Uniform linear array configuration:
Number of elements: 64
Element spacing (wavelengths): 0.5
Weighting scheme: binomial
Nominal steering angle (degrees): -60
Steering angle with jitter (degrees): -60.82
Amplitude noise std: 0.05
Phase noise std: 0.05

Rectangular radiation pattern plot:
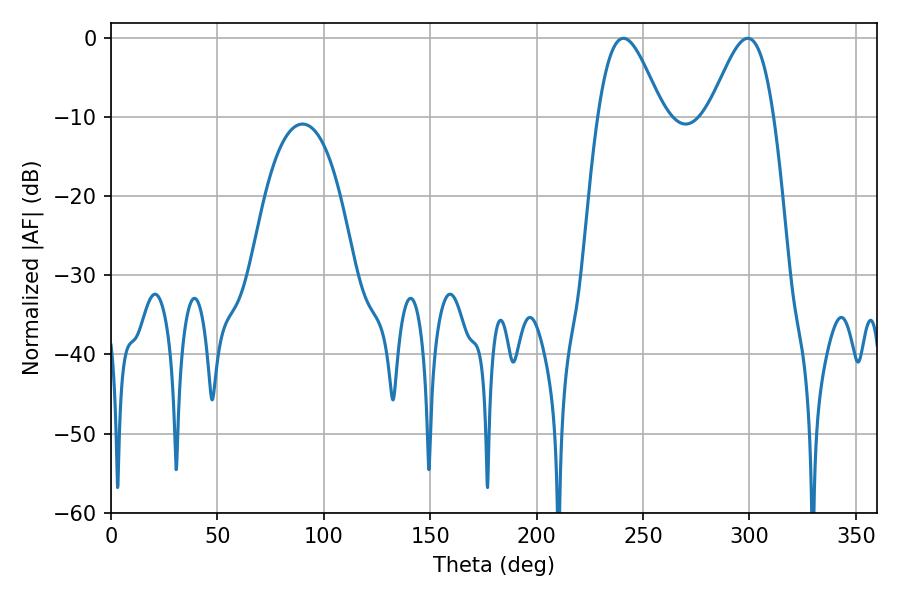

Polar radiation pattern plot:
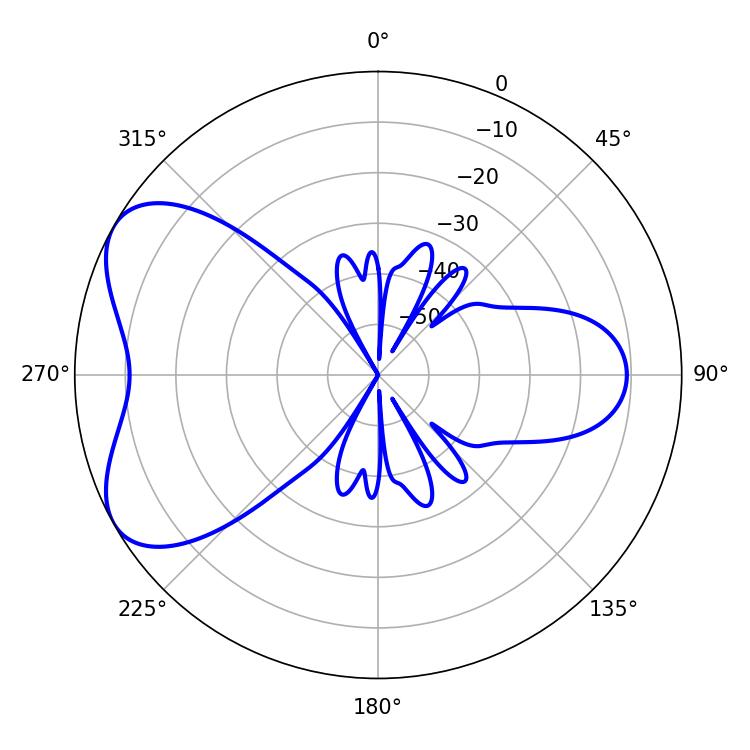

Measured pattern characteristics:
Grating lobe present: FALSE
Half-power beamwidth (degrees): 16.02
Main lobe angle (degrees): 240.84